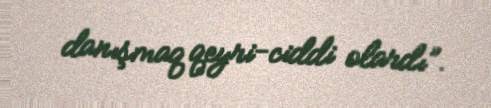
danışmaq qeyri-ciddi olardı”.